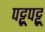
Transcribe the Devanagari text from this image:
पट्टूपट्टू